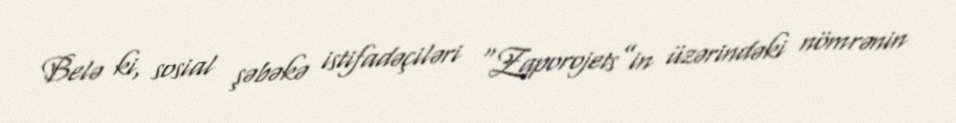
Belə ki, sosial şəbəkə istifadəçiləri “Zaporojets”in üzərindəki nömrənin